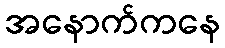
အနောက်ကနေ